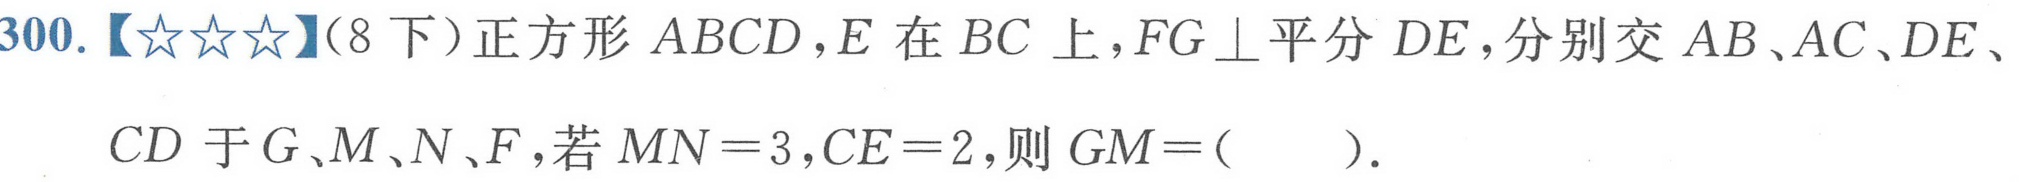
300.【★★★】(8下)正方形 \(ABCD\)，\(E\) 在 \(BC\) 上，\(FG\perp\)平分 \(DE\)，分别交 \(AB\)、\(AC\)、\(DE\)、\(CD\) 于 \(G\)、\(M\)、\(N\)、\(F\)，若 \(MN = 3\)，\(CE = 2\)，则 \(GM=(\quad)\)。